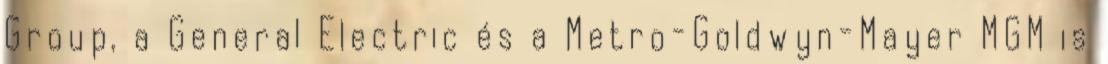
Group, a General Electric és a Metro-Goldwyn-Mayer MGM is